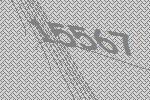
15567